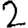
Digit: 2